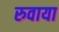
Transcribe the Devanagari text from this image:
रुवाया